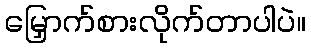
မြှောက်စားလိုက်တာပါပဲ။